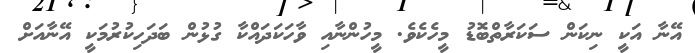
އޭނާ އަކީ ނިކަން ސަކަރާތްބޮޑު މީހެކެވެ. މީހުންނާއި ވާހަކަދައްކާ ގުޅުން ބަދަހިކުރުމަކީ އޭނާއަށް